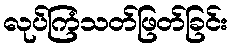
လုပ်ကြံသတ်ဖြတ်ခြင်း